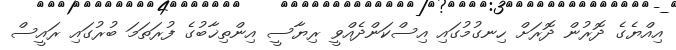
އިއްޔެގެ ދޮރުން ދޮރަށް ހިނގުމުގައި އިސްކަންދެއްވީ ރިޔާސީ އިންތިޚާބުގެ ފުރަތަމަ ބުރުގައި ރައީސް